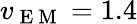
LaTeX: v_{\mathrm{~E~M~}}=1.4